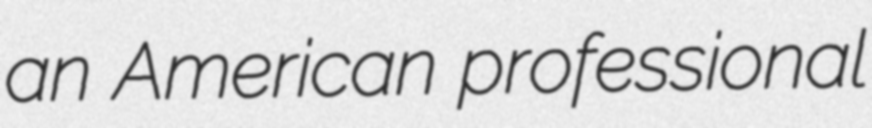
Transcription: an American professional